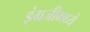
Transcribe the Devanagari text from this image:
इंग्रजीमध्‍ये